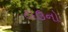
ટાઉનો